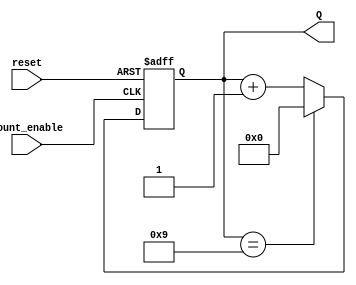
module decade_counter(
    input wire reset,        // Asynchronous reset input
    input wire count_enable, // Input signal to increment the count
    output reg [3:0] Q       // 4-bit output to represent the count
);

    // Asynchronous counting logic
    always @(posedge count_enable or posedge reset) begin
        if (reset) begin
            Q <= 4'b0000; // Reset the counter to 0
        end else begin
            // Increment the counter
            if (Q == 4'b1001) begin
                Q <= 4'b0000; // Reset to 0 when count reaches 10 (1010)
            end else begin
                Q <= Q + 1; // Increment the counter
            end
        end
    end
endmodule